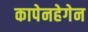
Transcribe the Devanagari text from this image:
कापेनहेगेन